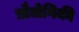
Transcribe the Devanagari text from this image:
प्रोैद्योगिकी